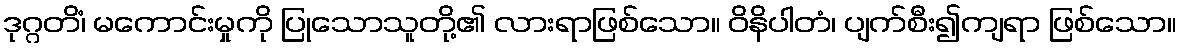
ဒုဂ္ဂတိံ၊ မကောင်းမှုကို ပြုသောသူတို့၏ လားရာဖြစ်သော။ ဝိနိပါတံ၊ ပျက်စီး၍ကျရာ ဖြစ်သော။